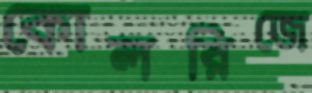
কোলরিজে